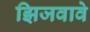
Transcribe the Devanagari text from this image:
झिजवावे